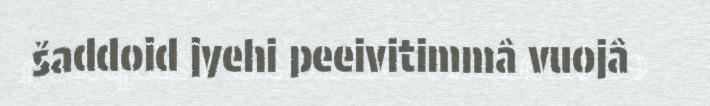
šaddoid jyehi peeivitimmâ vuojâ